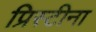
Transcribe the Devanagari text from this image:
प्रिस्टीना